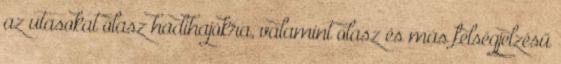
az utasokat olasz hadihajókra, valamint olasz és más felségjelzésű